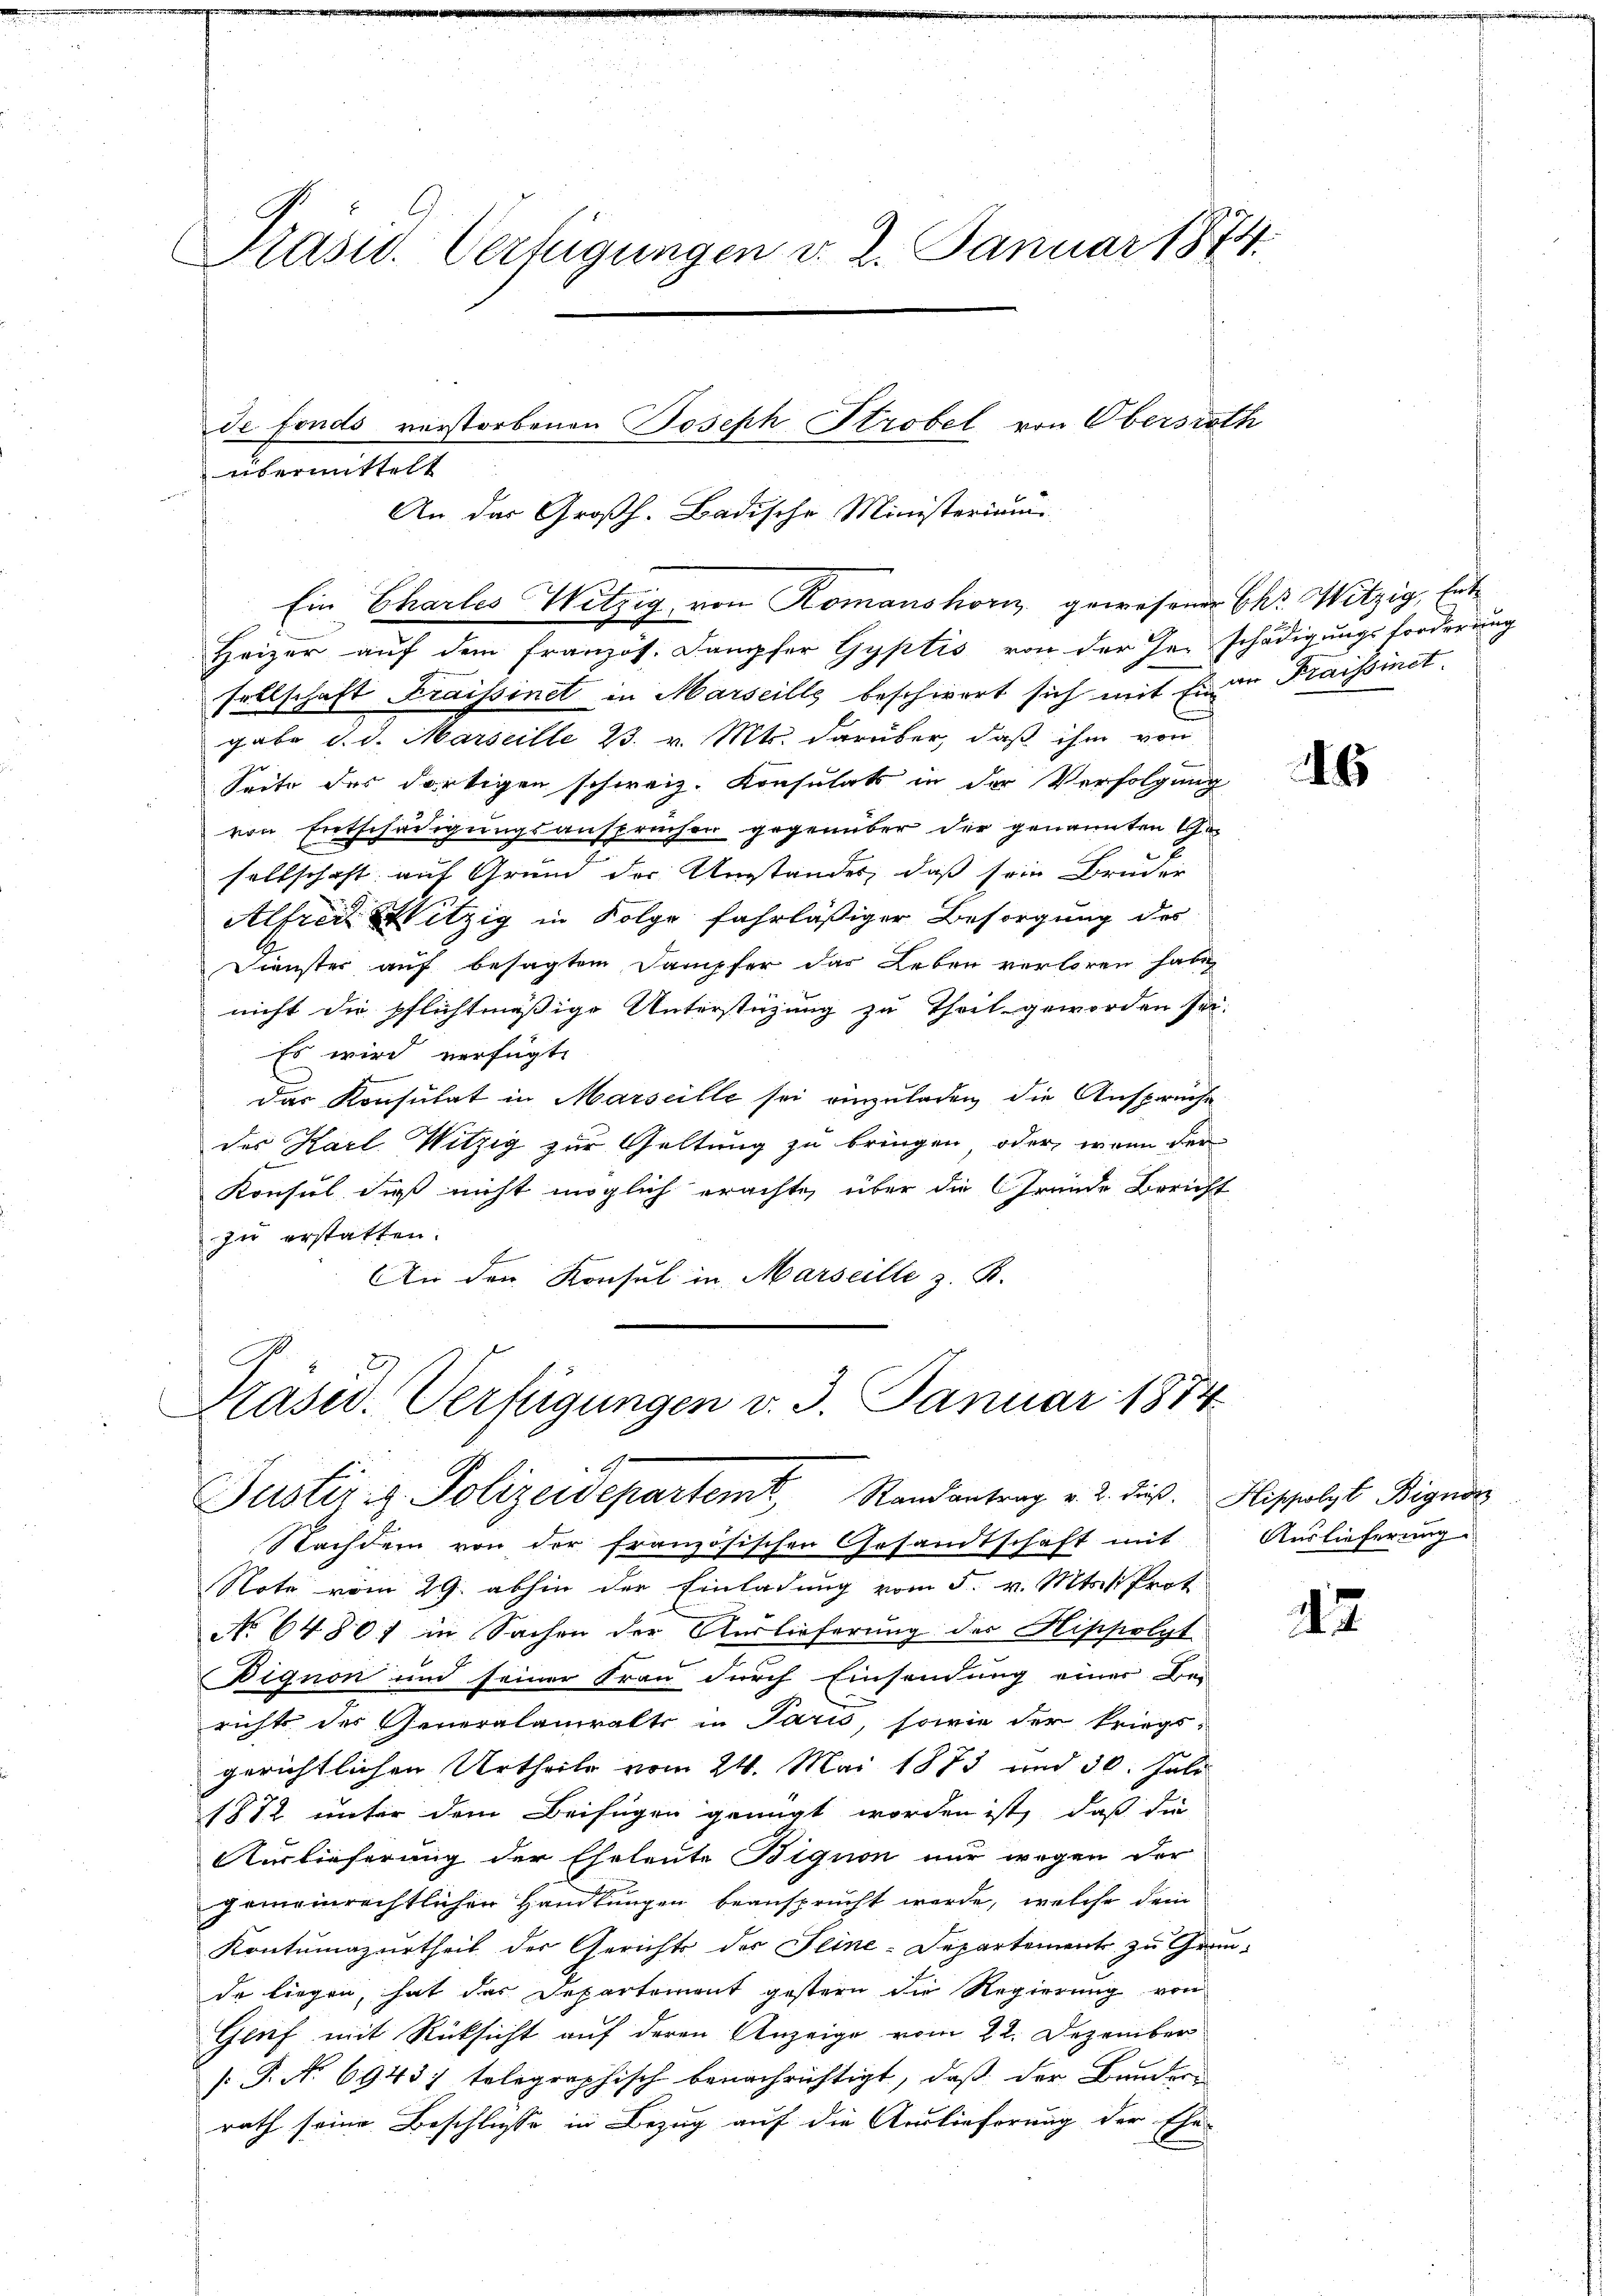
Präsid. Verfügungen v. 2. Januar 1874.

übermittelt

An das Großh. Badische Ministerium
Ein Charles Wetzig von Romanshorn gewesener Chr. Witzig, hat
Heizer auf dem französ. Dampfer Gyptis von der Geschädigungsforderung
sellschaft Fraissinet in Marseills beschwert sich mit Eine Fraissinet
gabe d. d. Marseille 23. v. Mts. darüber, daß ihm von
Seite des dortigen schweiz. Konsulats in der Verfolgung
von Entschädigungsansprüchen gegenüber der genannten Gesellschaft auf Grund der Umstandes, daß sein Brücher
Alfrei Witzig in Folge fahrläßiger Besorgung des
Dienster auf besagtem Dampfer das Leben verloren habe,
nicht die pflichtmäßige Unterstüzung zu Theil geworden sei.
Es wird verfügt:
Das Konsulat in Marseille sei einzuladen die Ansprüche
des Karl Witzig zur Geltung zu bringen oder, wenn der
Konsul, daß nicht möglich erachte, über die Gründe Bericht
zu erstatten.
An den Konsul in Marseille z. B.

de fonds verstorbenen Joseph Strobel von Obersrath

Kasid. Verfügungen v. 3. Januar 1874
Justizig. Polizeidepartem Randantrag v. 2. dieß. Hiselst Bignos

Nachdem von der französischen Gesandtschaft mit
Note vom 29. abhin der Einladung vom 5. v. Mts. v. Prot
No 6480; in Sachen der Auslieferung des Hippolyt
Bignon und seiner Frau durch Einsendung einer Be-
richt der Generalanwalts in Paris, sowie der kriegs-
gerichtlichen Urtheile vom 24. Mai 1873 und 30. Juli
1872 unter dem Beifügen genügt worden ist, daß die
Auslieferung der Eheleute Bigion nur wegen der
gemeinrechtlichen Handlungen beansprucht werde, welche dein
Kontumazurtheil der Gerichts der Feine-Departement zu Grunde liegen, hat das Departement gestern die Regierung von
Glif mit Rücksicht auf deren Anzeige vom 22. Dezember
/J. No 6943) telegraphisch benachrichtigt, daß der Bunderrath seine Beschlusse in Bezug auf die Auslieferung der Ehe-

6

Auslieferung.

42